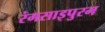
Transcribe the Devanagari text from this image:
रंगसाइपुरम